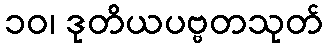
၁၀၊ ဒုတိယပဗ္ဗတသုတ်